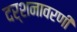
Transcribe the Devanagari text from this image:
दर्शनावरणी